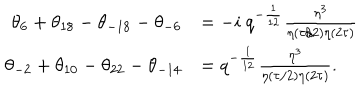
\begin{array} { r l } { { \theta _ { 6 } + \theta _ { 1 8 } - \theta _ { - 1 8 } - \theta _ { - 6 } } } & { { = - i ~ q ^ { - { \frac { 1 } { 1 2 } } } { \frac { \eta ^ { 3 } } { \eta ( \tau / 2 ) \eta ( 2 \tau ) } } } } \\ { { \theta _ { - 2 } + \theta _ { 1 0 } - \theta _ { 2 2 } - \theta _ { - 1 4 } } } & { { = q ^ { - { \frac { 1 } { 1 2 } } } { \frac { \eta ^ { 3 } } { \eta ( \tau / 2 ) \eta ( 2 \tau ) } } . } } \\ \end{array}